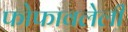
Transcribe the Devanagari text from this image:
फोफावलेली